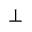
\bot